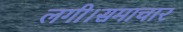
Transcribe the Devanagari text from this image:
लगी।समाचार